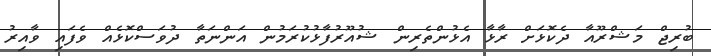
ބުރިޖް މަޝްރޫއާ ދެކޮޅަށް ރާޅާ އެޅުންތެރިން ޝުއޫރުފާޅުކުރަމުން އަންނަތާ ދުވަސްކޮޅެއް ވެފައި ވާއިރު